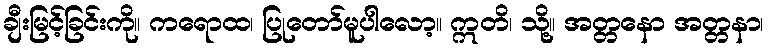
ချီးမြင့်ခြင်းကို။ ကရောထ၊ ပြုတော်မူပါလော့။ ဣတိ၊ သို့။ အတ္တနော အတ္တနာ၊